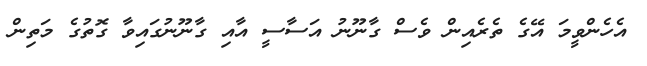
އެހެންވީމަ އޭގެ ތެރެއިން ވެސް ގާނޫނު އަސާސީ އާއި ގާނޫނުގައިވާ ގޮތުގެ މަތިން